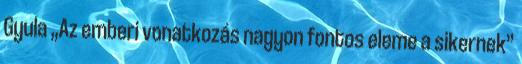
Gyula „Az emberi vonatkozás nagyon fontos eleme a sikernek”